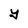
Character: y